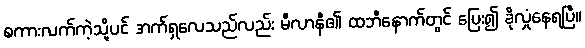
စကားလက်ကဲ့သို့ပင် အက်ရှလေသည်လည်း မီလာနီ၏ ထဘီနောက်တွင် ပြေး၍ ခိုလှုံနေရပြီ။